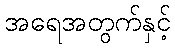
အရေအတွက်နှင့်